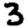
Digit: 3